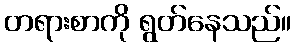
တရားစာကို ရွတ်နေသည်။